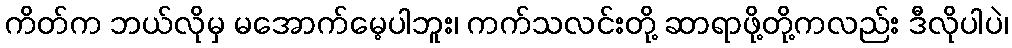
ကိတ်က ဘယ်လိုမှ မအောက်မေ့ပါဘူး၊ ကက်သလင်းတို့ ဆာရာဖို့တို့ကလည်း ဒီလိုပါပဲ၊